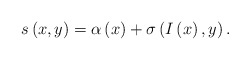
\begin{align*}s\left( x,y\right) =\alpha \left( x \right) +\sigma\left( I\left( x\right) ,y\right).\end{align*}